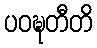
ပဝဍ္ဎတီတိ